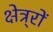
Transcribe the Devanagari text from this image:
क्षेत्र्रों